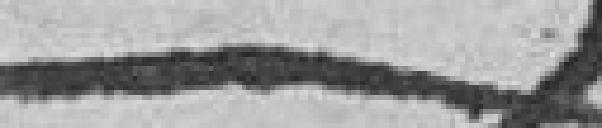
____